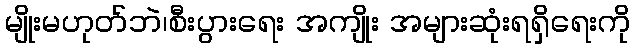
မျိုးမဟုတ်ဘဲ၊စီးပွားရေး အကျိုး အများဆုံးရရှိရေးကို